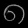
Digit: ၈